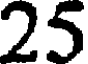
25